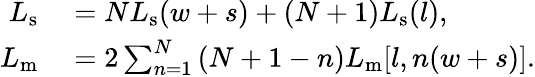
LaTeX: \begin{array}{rl}{L_{\mathrm{s}}}&{{}=NL_{\mathrm{s}}(w+s)+(N+1)L_{\mathrm{s}}(l),}\\ {L_{\mathrm{m}}}&{{}=2\sum_{n=1}^{N}\left(N+1-n\right)L_{\mathrm{m}}[l,n(w+s)].}\end{array}